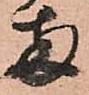
両